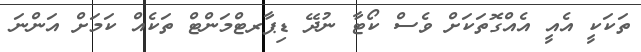
ތަކަކީ އެއީ އެއްގޮތަކަށް ވެސް ކޯޓާ ނުދޭ ޑިޕާރޓްމަންޓް ތަކެއް ކަމަށް އަންނަ